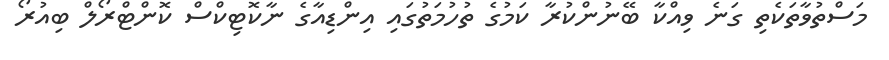
މަސްތުވާތަކެތި ގަނެ ވިއްކާ ބޭނުންކުރާ ކަމުގެ ތުހުމަތުގައި އިންޑިއާގެ ނާކޮޓިކްސް ކޮންޓްރޯލް ބިއުރޯ